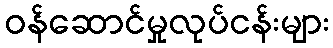
ဝန်ဆောင်မှုလုပ်ငန်းများ